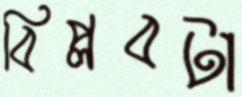
বিপ্লবটা